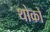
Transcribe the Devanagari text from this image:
थोकों